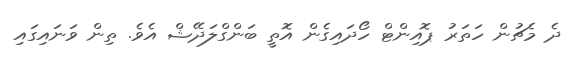
ދެ މެޗުން ހަތަރު ޕޮއިންޓް ހޯދައިގެން އޮތީ ބަންގްލަދޭޝް އެވެ. ތިން ވަނައިގައި